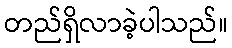
တည်ရှိလာခဲ့ပါသည်။